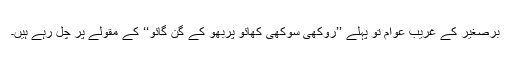
برصغیر کے غریب عوام تو پہلے ’’روکھی سوکھی کھائو پربھو کے گن گائو‘‘ کے مقولے پر چل رہے ہیں۔